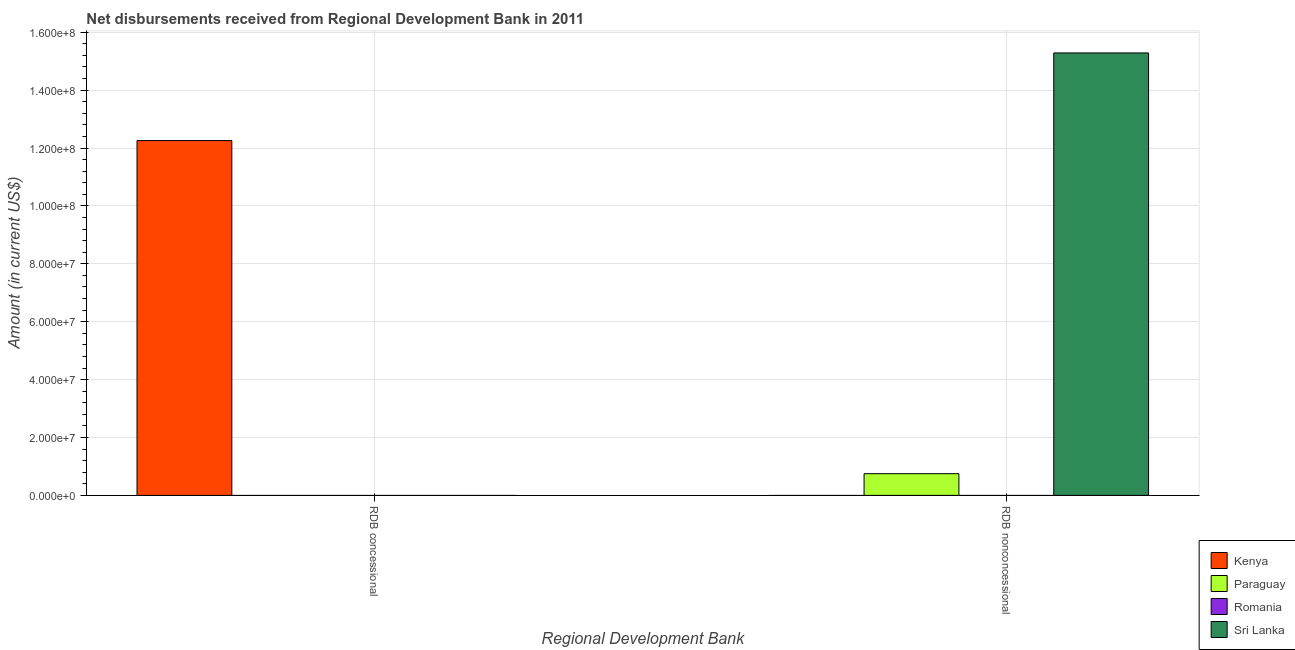
| Regional Development Bank | Kenya | Paraguay | Romania | Sri Lanka |
 | --- | --- | --- | --- | --- |
 | RDB concessional | 1.23e+08 | -1.07e+07 | -1.92e+06 | -1.27e+07 |
 | RDB nonconcessional | -1.88e+06 | 7.5e+06 | -7.06e+07 | 1.53e+08 |